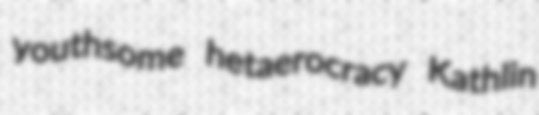
youthsome hetaerocracy Kathlin